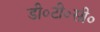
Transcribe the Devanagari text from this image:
डी०टी०सी०